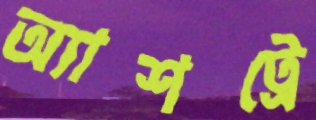
অ্যাশট্রে